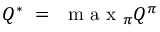
Q ^ { * } ~ = ~ \mathrm { ~ m ~ a ~ x ~ } _ { \pi } Q ^ { \pi }